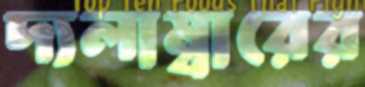
দ্যলাম্বারের